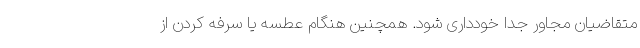
متقاضیان مجاور جداً خودداری شود. همچنین هنگام عطسه یا سرفه کردن از